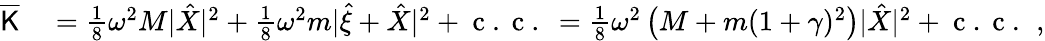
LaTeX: \begin{array}{rl}{\overline{{\mathsf{K}}}}&{{}=\frac{1}{8}\omega^{2}M|\hat{X}|^{2}+\frac{1}{8}\omega^{2}m|\hat{\xi}+\hat{X}|^{2}+\mathrm{~c~.~c~.~}=\frac{1}{8}\omega^{2}\left(M+m(1+\gamma)^{2}\right)|\hat{X}|^{2}+\mathrm{~c~.~c~.~}\, ,}\end{array}